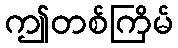
ဤတစ်ကြိမ်